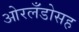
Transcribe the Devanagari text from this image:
ओरलँडोसह